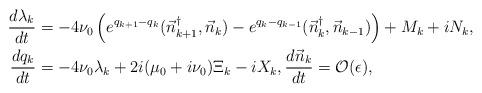
LaTeX: \begin{align*}\begin{aligned}{d\lambda _k \over dt} &= -4\nu _0 \left(e^{q_{k+1}-q_k} (\vec{n}_{k+1}^\dag ,\vec{n}_{k}) -e^{q_k -q_{k-1}} (\vec{n}_{k}^\dag ,\vec{n}_{k-1}) \right) + M_k +i N_k , \\{d q_k \over dt} &= - 4\nu_0 \lambda_k + 2i(\mu_0 +i\nu_0) \Xi_k -iX_k ,{d\vec{n}_k \over dt } = \mathcal{ O}(\epsilon),\end{aligned}\end{align*}